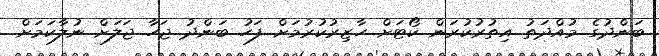
ބަންދުގެ މުއްދަތު އިތުރުކުރަން ކޯޓަށް ހާޒިރުކުރުމަށް ފަހު ބަންދު ޖަހާ ޖަލަށް ނުލާކަމަށް